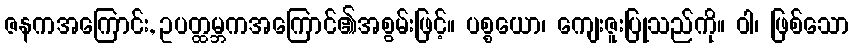
ဇနကအကြောင်း, ဥပတ္ထမ္ဘကအကြောင်၏အစွမ်းဖြင့်။ ပစ္စယော၊ ကျေးဇူးပြုသည်ကို။ ဝါ၊ ဖြစ်သော